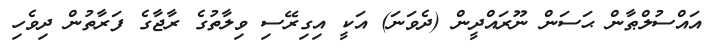
އައްސުލްޠާން ޙަސަން ނޫރައްދީން (ދެވަނަ) އަކީ އިގިރޭސި ވިލާތުގެ ރާޖާގެ ފަރާތުން ދިވެހި